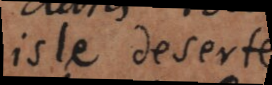
isle deserte